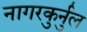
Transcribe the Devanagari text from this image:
नागरकुर्नुल